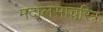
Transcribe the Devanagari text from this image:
मदालसाचरित्र